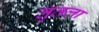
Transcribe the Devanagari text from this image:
तुतला